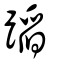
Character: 蹈